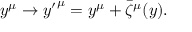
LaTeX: y ^ { \mu } \to { y ^ { \prime } } ^ { \mu } = y ^ { \mu } + \bar { \zeta } ^ { \mu } ( y ) .